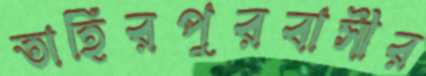
তাহিরপুরবাসীর